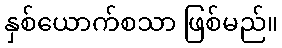
နှစ်ယောက်စသာ ဖြစ်မည်။